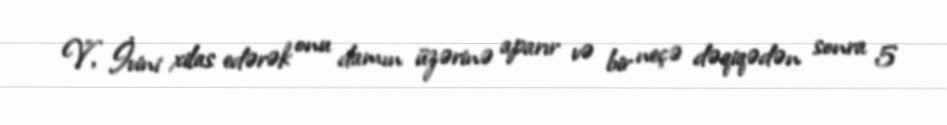
V", İvini xilas edərək onu damın üzərinə aparır və bir neçə dəqiqədən sonra 5